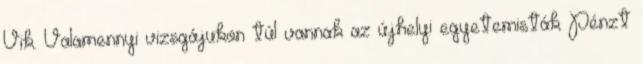
Vik. Valamennyi vizsgájukon túl vannak az újhelyi egyetemisták Pénzt